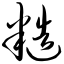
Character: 糙